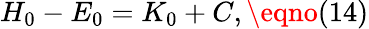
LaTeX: H_{0}-E_{0}=K_{0}+C,\eqno(14)